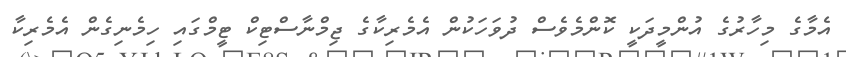
އެމާގެ މިހާރުގެ އުންމީދަކީ ކޮންމެވެސް ދުވަހަކުން އެމެރިކާގެ ޖިމްނާސްޓިކް ޓީމްގައި ހިމެނިގެން އެމެރިކާ